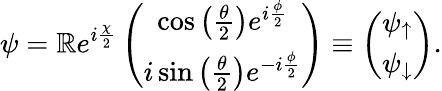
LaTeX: \psi=\mathbb{R}e^{i\frac{{\chi}}{{2}}}\left(\begin{array}{c}{\cos\left(\frac{\theta}{2}\right)e^{i\frac{\phi}{2}}}\\ {i\sin\left(\frac{\theta}{2}\right)e^{-i\frac{\phi}{2}}}\end{array}\right)\equiv\left(\begin{array}{c}{\psi_{\uparrow}}\\ {\psi_{\downarrow}}\end{array}\right).